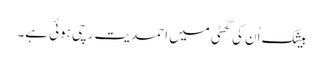
بیشک اُن کی گھٹی میں احمدیت رچی ہوئی ہے۔